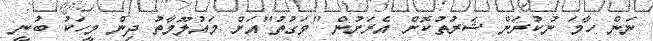
ނަން ހާމަ ނުކުރަން ޝަރުތުކޮށް އެރަށުން "ވަގުތު"އަށް މައުލޫމާތު ދިން މީހަކު ބުނީ